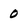
Character: 0